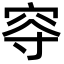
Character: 𡨙